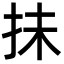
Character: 抺